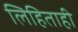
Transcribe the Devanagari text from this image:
लिहिताही